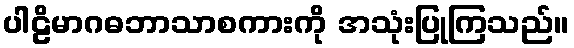
ပါဠိမာဂဓဘာသာစကားကို အသုံးပြုကြသည်။